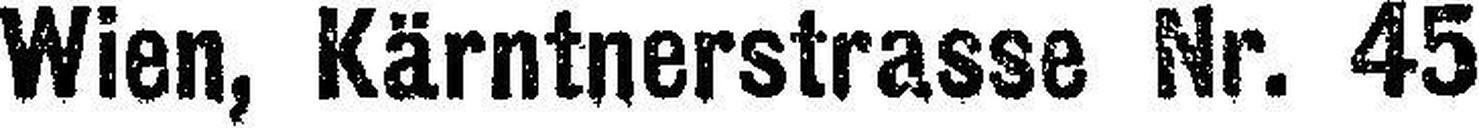
Wien, Kärntnerstrasse Nr. 45